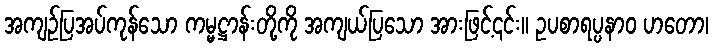
အကျဉ်ပြအပ်ကုန်သော ကမ္မဋ္ဌာန်းတို့ကို အကျယ်ပြသော အားဖြင့်၎င်း။ ဥပစာရပ္ပနာဝ ဟတော၊